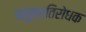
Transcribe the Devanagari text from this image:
ऋतुप्रतिरोधक